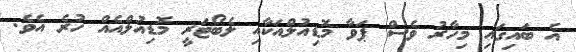
އެ ބައިގައި މިހާރު ވެސް ޕަވާ މޮޑިއުލްއަކާއި ލެބޯޓަރީ މޮޑިއުލްއެއް ހުރެ އެވެ.